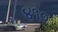
૪૧૦